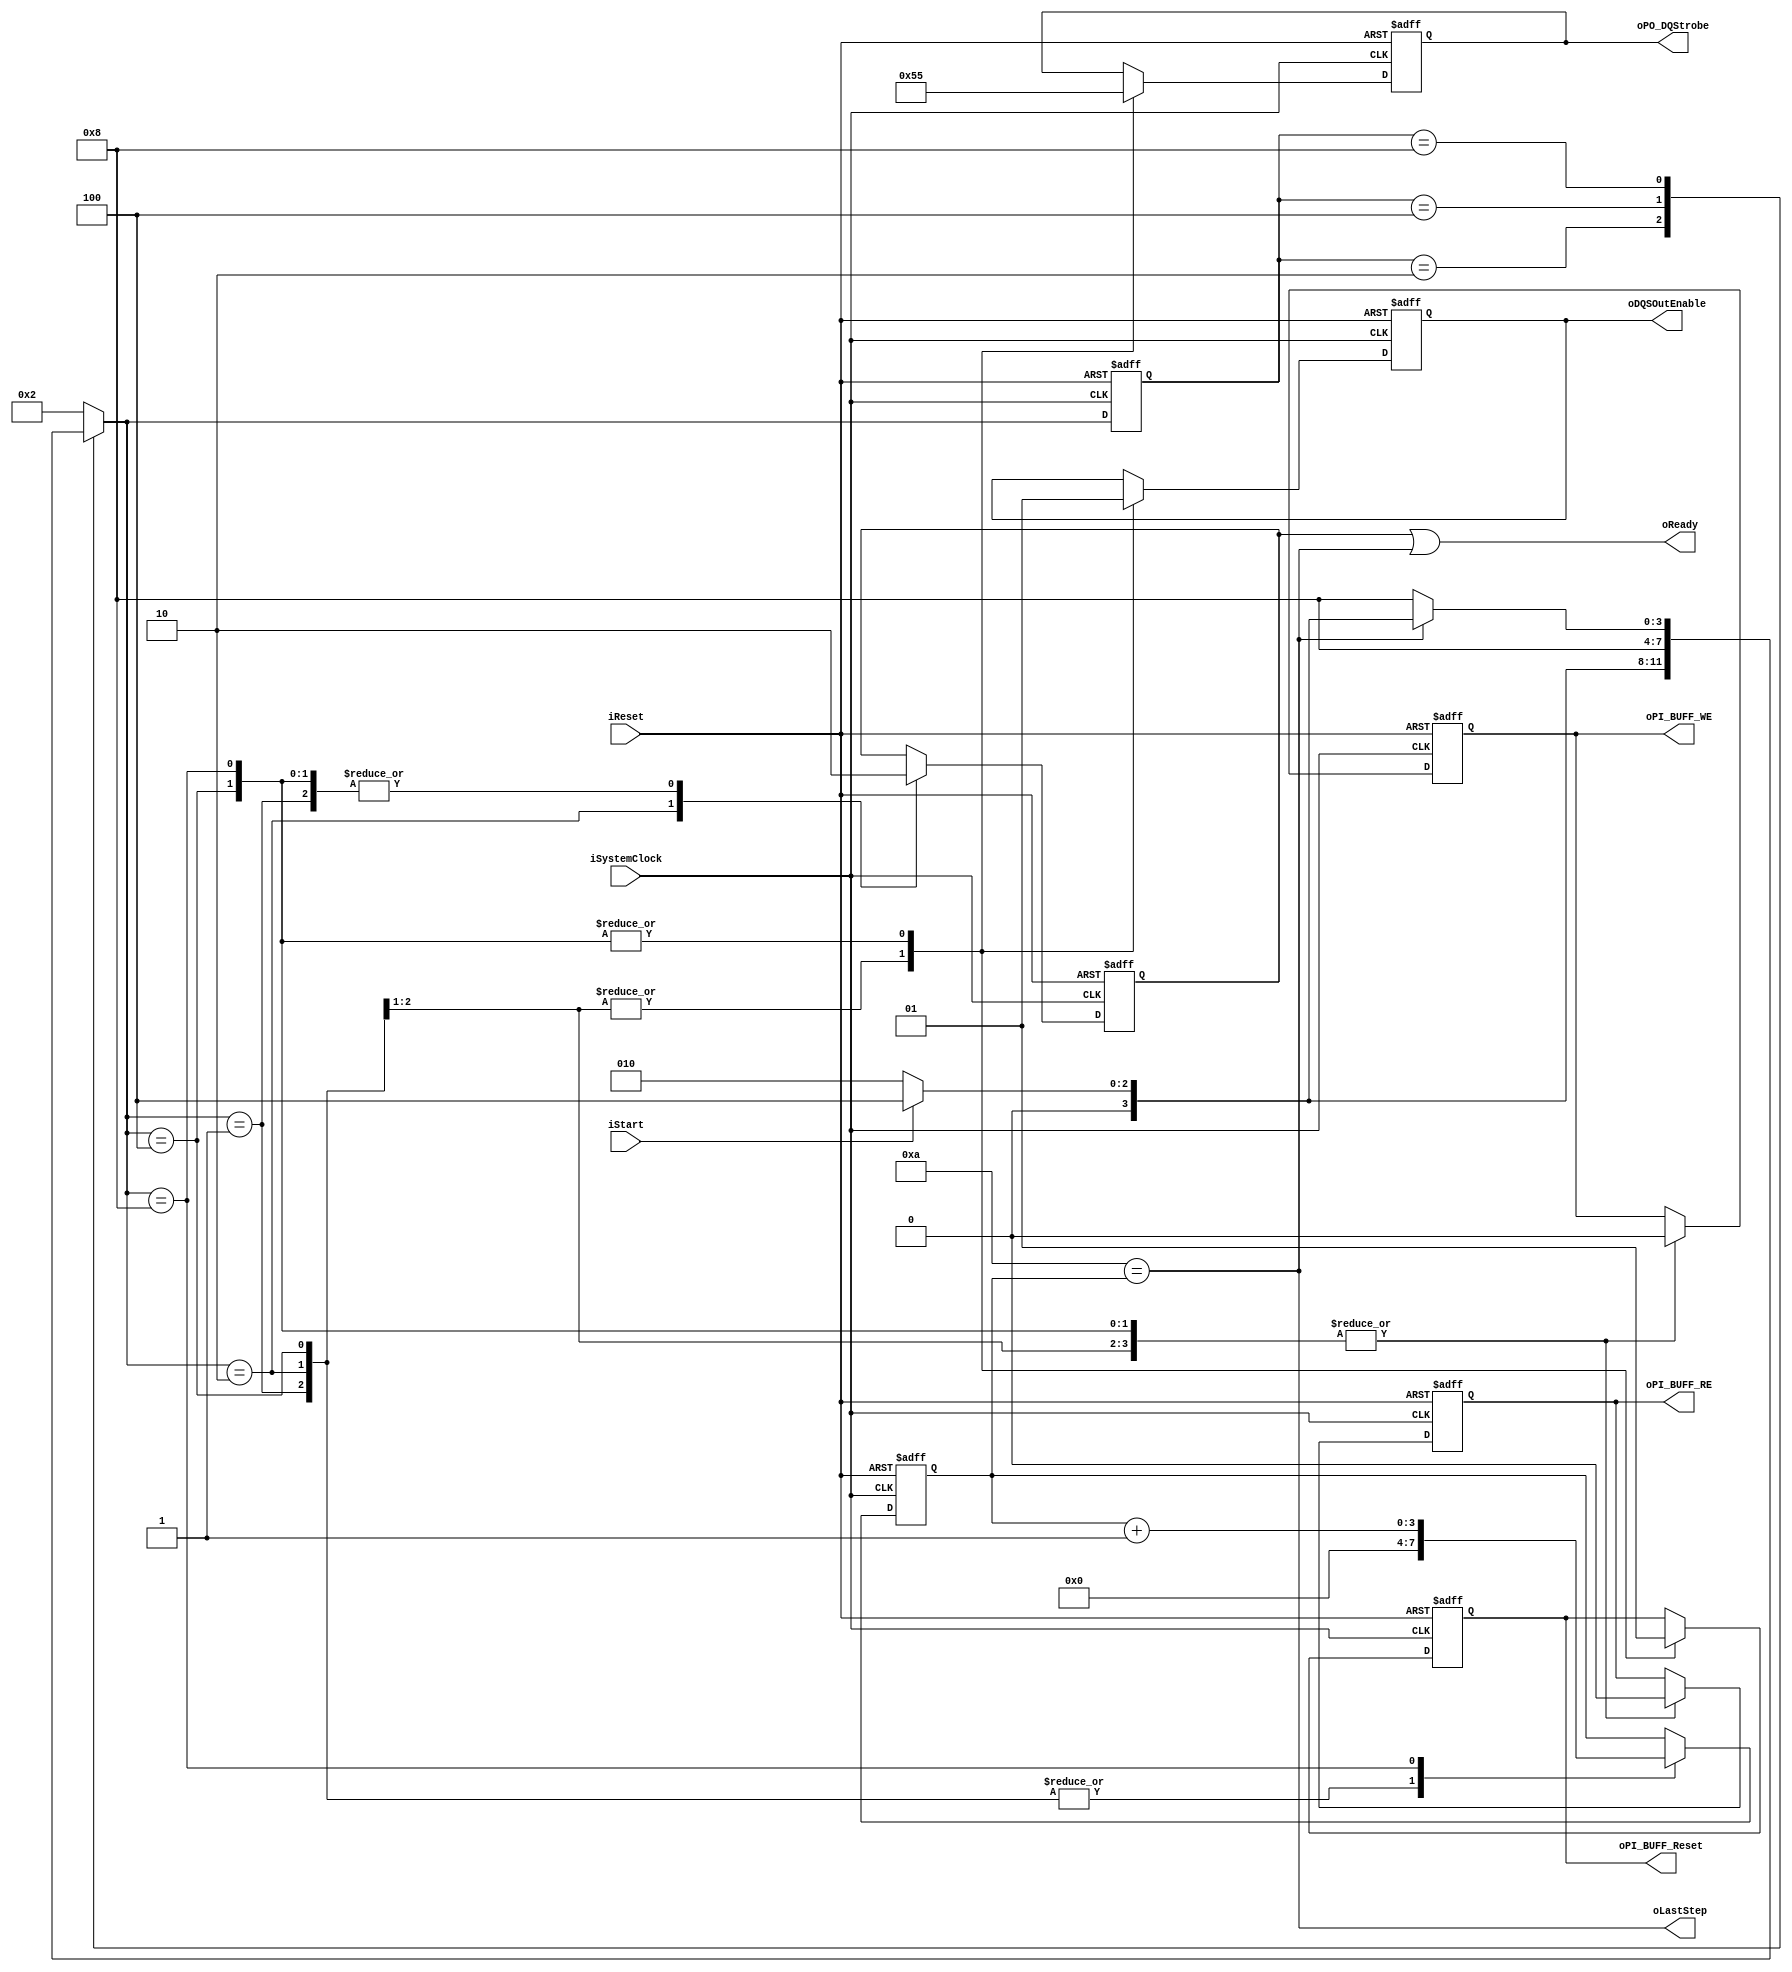
//////////////////////////////////////////////////////////////////////////////////
// NPM_Toggle_PHY_B_Reset for Cosmos OpenSSD
// Copyright (c) 2015 Hanyang University ENC Lab.
// Contributed by Ilyong Jung <iyjung@enc.hanyang.ac.kr>
//                Yong Ho Song <yhsong@enc.hanyang.ac.kr>
//
// This file is part of Cosmos OpenSSD.
//
// Cosmos OpenSSD is free software; you can redistribute it and/or modify
// it under the terms of the GNU General Public License as published by
// the Free Software Foundation; either version 3, or (at your option)
// any later version.
//
// Cosmos OpenSSD is distributed in the hope that it will be useful,
// but WITHOUT ANY WARRANTY; without even the implied warranty of
// MERCHANTABILITY or FITNESS FOR A PARTICULAR PURPOSE.
// See the GNU General Public License for more details.
//
// You should have received a copy of the GNU General Public License
// along with Cosmos OpenSSD; see the file COPYING.
// If not, see <http://www.gnu.org/licenses/>. 
//////////////////////////////////////////////////////////////////////////////////

//////////////////////////////////////////////////////////////////////////////////
// Company: ENC Lab. <http://enc.hanyang.ac.kr>
// 
// Project Name: Cosmos OpenSSD
// Design Name: NPM_Toggle_PHY_B_Reset
// Module Name: NPM_Toggle_PHY_B_Reset
//
// Version: v1.0.0
//
// Description: NFC Phy reset FSM
//
//////////////////////////////////////////////////////////////////////////////////

//////////////////////////////////////////////////////////////////////////////////
// Revision History:
//
// * v1.0.0
//   - first draft
//////////////////////////////////////////////////////////////////////////////////
`timescale 1ns / 1ps

module NPM_Toggle_PHY_B_Reset
(
    iSystemClock            ,
    iReset                  ,
    oReady                  ,
    oLastStep               ,
    iStart                  ,
    oPI_BUFF_Reset          ,
    oPI_BUFF_RE             ,
    oPI_BUFF_WE             ,
    oPO_DQStrobe            ,
    oDQSOutEnable            
);
    input                           iSystemClock            ;
    input                           iReset                  ;
    output                          oReady                  ;
    output                          oLastStep               ;
    input                           iStart                  ;
    output                          oPI_BUFF_Reset          ;
    output                          oPI_BUFF_RE             ;
    output                          oPI_BUFF_WE             ;
    output  [7:0]                   oPO_DQStrobe            ;
    output                          oDQSOutEnable           ;
    
    // FSM Parameters/Wires/Regs
    parameter PBR_FSM_BIT = 4;
    parameter PBR_RESET = 4'b0001;
    parameter PBR_READY = 4'b0010;
    parameter PBR_RFRST = 4'b0100; // reset first
    parameter PBR_RLOOP = 4'b1000; // reset loop
    
    reg     [PBR_FSM_BIT-1:0]       rPBR_cur_state          ;
    reg     [PBR_FSM_BIT-1:0]       rPBR_nxt_state          ;
    
    
    
    // Internal Wires/Regs
    reg                             rReady                  ;
    
    reg     [3:0]                   rTimer                  ;
    
    wire                            wJOBDone                ;
    
    reg                             rPI_BUFF_Reset          ;
    reg                             rPI_BUFF_RE             ;
    reg                             rPI_BUFF_WE             ;
    reg     [7:0]                   rPO_DQStrobe            ;
    reg                             rDQSOutEnable           ;
    
    
    
    // Control Signals
    
    // Flow Control
    
    assign wJOBDone = (4'b1010 == rTimer[3:0]);
    // 1 + '10' = 11 cycles
    // there is DQS delay by OSEDESE module,
    // combination of {buffer reset, clock cycle, real DQS's cycle} will be less than design
    
    
    
    // FSM
    
    // update current state to next state
    always @ (posedge iSystemClock, posedge iReset) begin
        if (iReset) begin
            rPBR_cur_state <= PBR_RESET;
        end else begin
            rPBR_cur_state <= rPBR_nxt_state;
        end
    end
    
    // deside next state
    always @ ( * ) begin
        case (rPBR_cur_state)
            PBR_RESET: begin
                rPBR_nxt_state <= PBR_READY;
            end
            PBR_READY: begin
                rPBR_nxt_state <= (iStart)? PBR_RFRST:PBR_READY;
            end
            PBR_RFRST: begin
                rPBR_nxt_state <= PBR_RLOOP;
            end
            PBR_RLOOP: begin
                rPBR_nxt_state <= (wJOBDone)? ((iStart)? PBR_RFRST:PBR_READY):PBR_RLOOP;
            end
            default:
                rPBR_nxt_state <= PBR_READY;
        endcase
    end
    
    // state behaviour
    always @ (posedge iSystemClock, posedge iReset) begin
        if (iReset) begin
            rReady              <= 0;
            
            rTimer[3:0]         <= 0;
            
            rPI_BUFF_Reset      <= 0;
            rPI_BUFF_RE         <= 0;
            rPI_BUFF_WE         <= 0;
            rPO_DQStrobe[7:0]   <= 0;
            rDQSOutEnable       <= 0;
        end else begin
            case (rPBR_nxt_state)
                PBR_RESET: begin
                    rReady              <= 0;
                    
                    rTimer[3:0]         <= 0;
                    
                    rPI_BUFF_Reset      <= 0;
                    rPI_BUFF_RE         <= 0;
                    rPI_BUFF_WE         <= 0;
                    rPO_DQStrobe[7:0]   <= 0;
                    rDQSOutEnable       <= 0;
                end
                PBR_READY: begin
                    rReady              <= 1;
                    
                    rTimer[3:0]         <= 0;
                    
                    rPI_BUFF_Reset      <= 0;
                    rPI_BUFF_RE         <= 0;
                    rPI_BUFF_WE         <= 0;
                    rPO_DQStrobe[7:0]   <= 0;
                    rDQSOutEnable       <= 0;
                end
                PBR_RFRST: begin
                    rReady              <= 0;
                    
                    rTimer[3:0]         <= 4'b0000;
                    
                    rPI_BUFF_Reset      <= 1'b1;
                    rPI_BUFF_RE         <= 1'b0;
                    rPI_BUFF_WE         <= 1'b0;
                    rPO_DQStrobe[7:0]   <= 8'b0101_0101;
                    rDQSOutEnable       <= 1'b1;
                end
                PBR_RLOOP: begin
                    rReady              <= 0;
                    
                    rTimer[3:0]         <= rTimer[3:0] + 1'b1;
                    
                    rPI_BUFF_Reset      <= 1'b1;
                    rPI_BUFF_RE         <= 1'b0;
                    rPI_BUFF_WE         <= 1'b0;
                    rPO_DQStrobe[7:0]   <= 8'b0101_0101;
                    rDQSOutEnable       <= 1'b1;
                end
            endcase
        end
    end
    
    
    
    // Output
    
    assign oReady           = rReady | wJOBDone ;
    assign oLastStep        = wJOBDone         ;
    
    assign oPI_BUFF_Reset   = rPI_BUFF_Reset    ;
    assign oPI_BUFF_RE      = rPI_BUFF_RE       ;
    assign oPI_BUFF_WE      = rPI_BUFF_WE       ;
    assign oPO_DQStrobe     = rPO_DQStrobe      ;
    assign oDQSOutEnable    = rDQSOutEnable     ;
    
endmodule